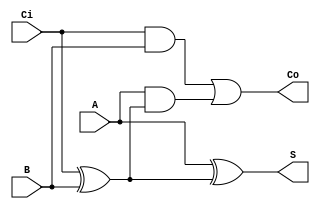
//-----------------------------------------------------------------------------
//
// Title       : test
// Design      : MAC
// Company     : Norwegian University of Science and Technology
//
//-----------------------------------------------------------------------------
//
// Generated   : Mon Oct 23 16:36:47 2023
// From        : interface description file
// By          : Itf2Vhdl ver. 1.22
//
//-----------------------------------------------------------------------------
//
// Description : 
//
//-----------------------------------------------------------------------------
`timescale 1 ns / 1 ps

//{{ Section below this comment is automatically maintained
//   and may be overwritten
//{module {test}}
module fulladder (A ,B ,Ci ,Co ,S);


input A;
wire A;
input B;
wire B;
input Ci;
wire Ci;
output Co;
wire Co;
output S;
wire S;


and(d0, Ci, B);	
xor(d1, Ci, B);
and(e0, A, d1);
xor(S, A, d1);
or(Co, d0, e0);

endmodule